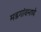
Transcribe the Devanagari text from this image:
मडगांवमध्ये